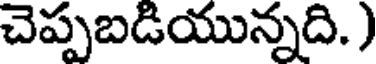
చెప్పబడియున్నది. )